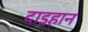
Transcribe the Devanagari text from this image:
दाइहान